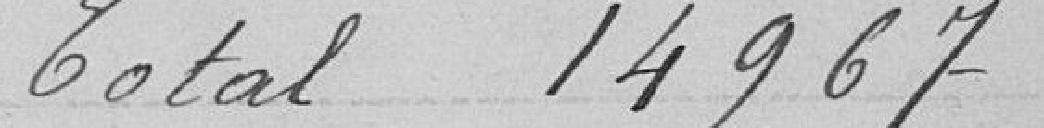
Total 14967